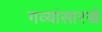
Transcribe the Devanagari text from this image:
गव्यांसारखे